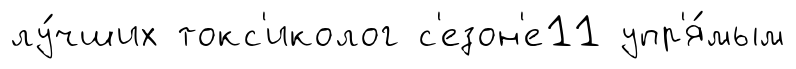
лу́чших токс'иколог с'езон'е11 упр'я́мым